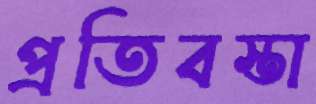
প্রতিবস্তা